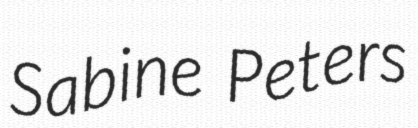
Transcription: Sabine Peters